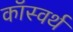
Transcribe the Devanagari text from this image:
कॉस्वर्थ